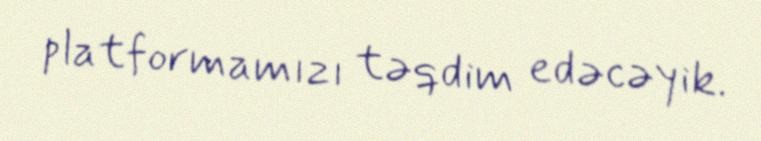
platformamızı təqdim edəcəyik.